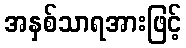
အနှစ်သာရအားဖြင့်